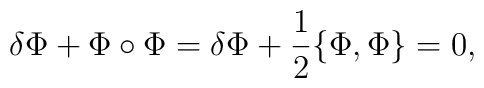
\delta\Phi + \Phi\circ\Phi = \delta\Phi + \frac{1}{2}\{\Phi,\Phi\}=0,